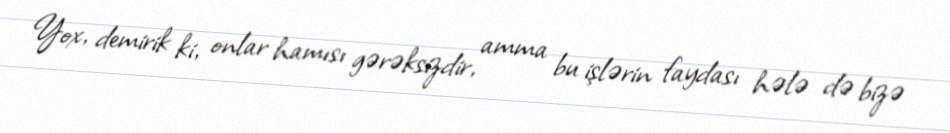
Yox, demirik ki, onlar hamısı gərəksizdir, amma bu işlərin faydası hələ də bizə